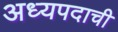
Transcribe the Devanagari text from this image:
अध्यपदाची